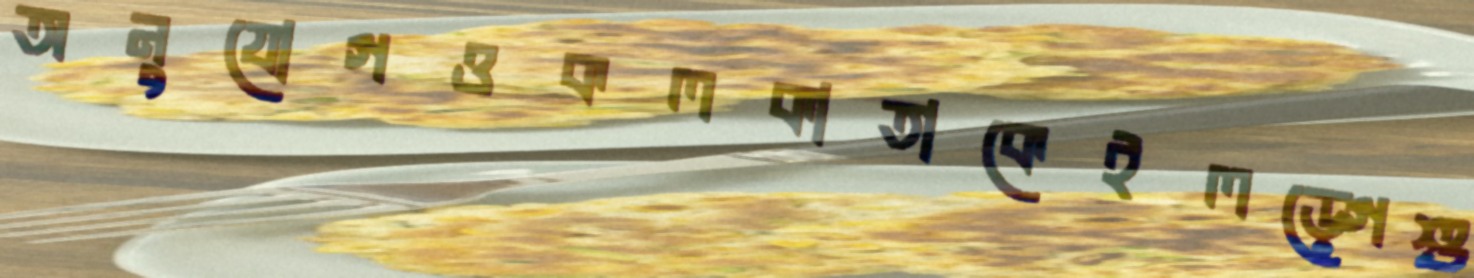
অনুযোগওকলকাতাকেইলড়্গেশু